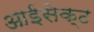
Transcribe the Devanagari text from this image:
आईसेक्ट